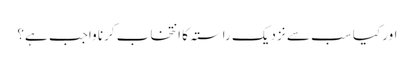
اور کیا سب سے نزدیک راستہ کا انتخاب کرنا واجب ہے؟